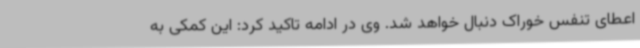
اعطای تنفس خوراک دنبال خواهد شد. وی در ادامه تاکید کرد: این کمکی به